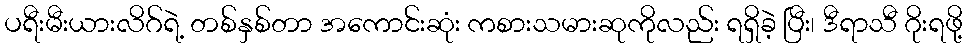
ပရီးမီးယားလိဂ်ရဲ့ တစ်နှစ်တာ အကောင်းဆုံး ကစားသမားဆုကိုလည်း ရရှိခဲ့ ပြီး၊ ဒီရာသီ ဂိုးရဖို့